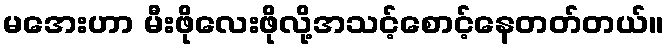
မအေးဟာ မီးဖိုလေးဖိုလို့အသင့်စောင့်နေတတ်တယ်။